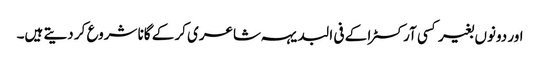
اور دونوں بغیر کسی آرکسٹرا کے فی البدیہہ شاعری کر کے گانا شروع کر دیتے ہیں۔